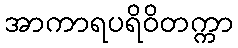
အာကာရပရိဝိတက္ကာ